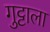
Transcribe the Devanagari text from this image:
गुट्टाला